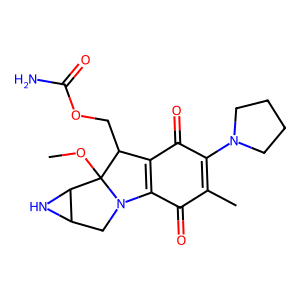
SMILES: COC12C(COC(N)=O)C3=C(C(=O)C(C)=C(N4CCCC4)C3=O)N1CC1NC12
Inhibits HIV replication: No